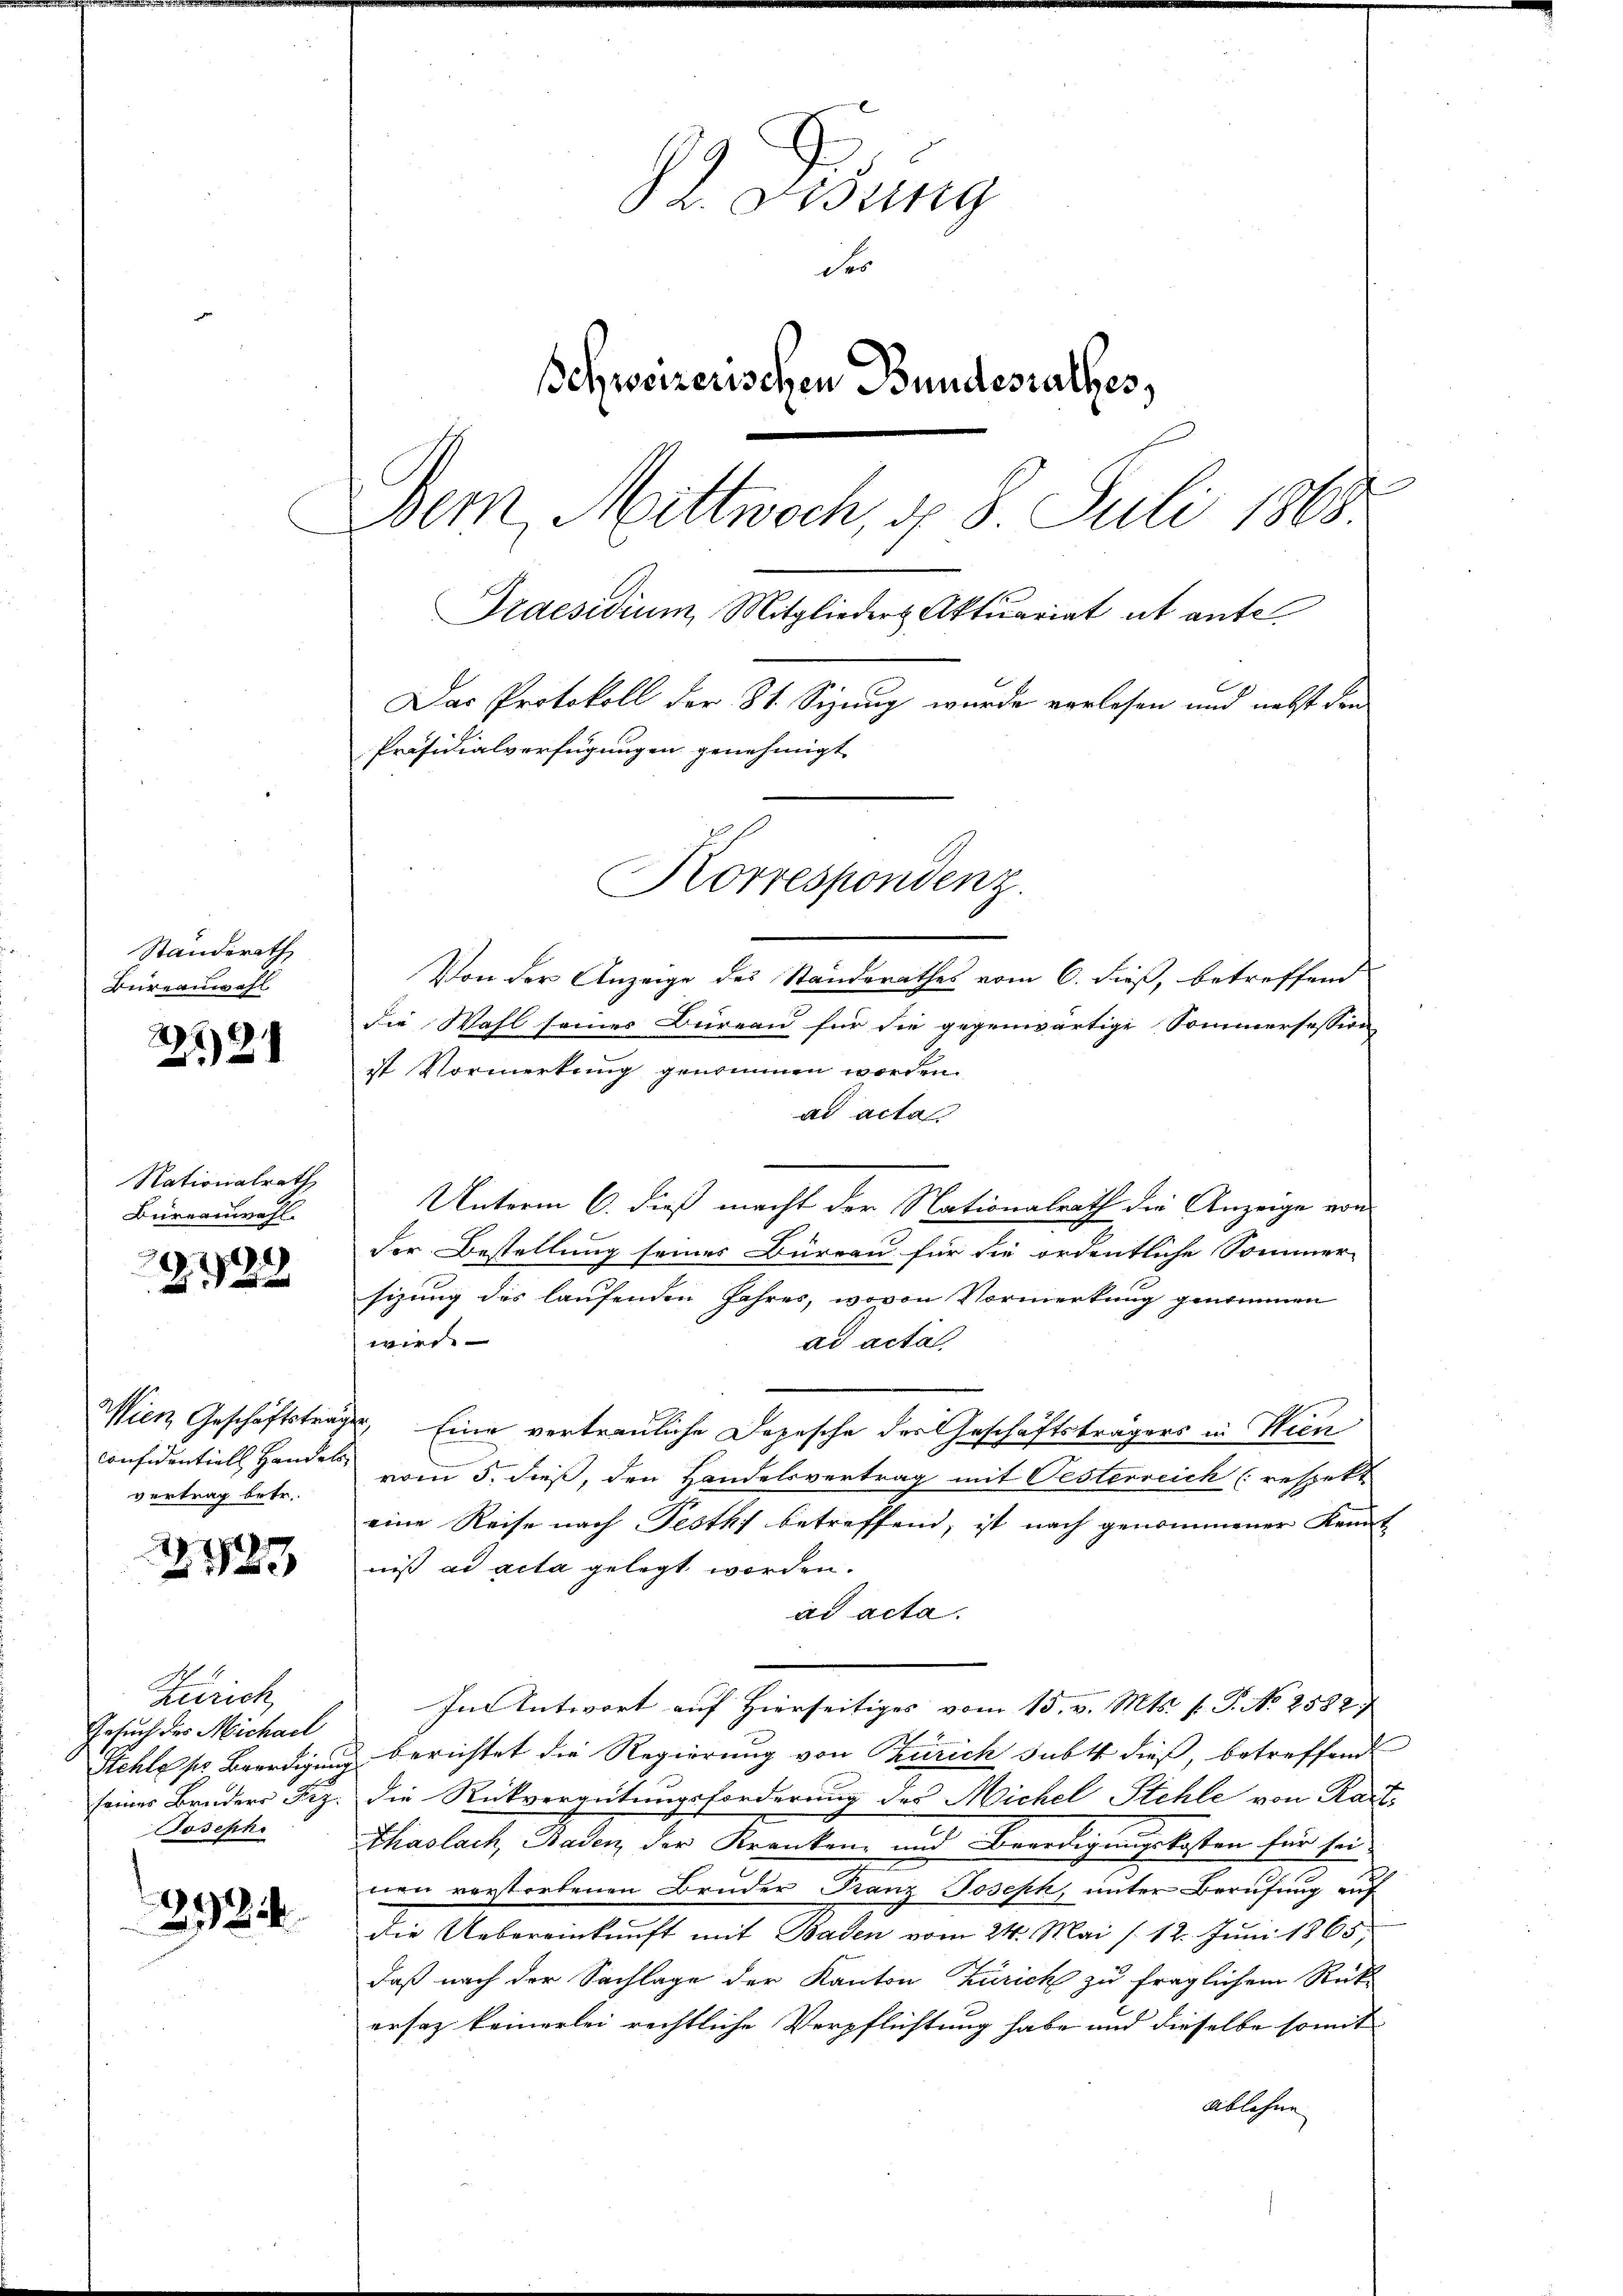
Standerath
Bureauwahl

121

Nationalrath
Büreauwahl.

20)
222

confidentiell Handels
vertrag betr.

2123

Zürich,
Gesuch des Michael
Joseph.

2984.

L. Fisung
des
Schweizerischen Bundesrathes,
Bem, Mittwoch, u. 8. Juli 1868.
Praesidium Mitglieder Aktuariat ut ante
Das Protokoll der St. Sizung wurde verlesen und nebst den
Präsidialverfügungen genehmigt

Korrespondenz.

Von der Anzeige des Standerathes vom 6. dieß, betreffend
die Wahl seines Bureau für die gegenwärtige Sommersession
ist Vormerkung genommen worden.
ad acta
Unterm 6. dieß macht der Nationalrath die Anzeige von
der Bestellung seiner Büreau für die ordentliche Sommer-
sizung des laufenden Jahres, wovon Vormerkung genommen
wird.
ad acta
Wien Geschäftsträger, Eine vertrauliche Depesche des Geschäftsträgers in Wien
vom 5. dieß, den Handelsvertrag mit Oesterreich (respekt
eine Reise nach Pesth) betreffend, ist nach genommener Kennt
niß ad acta gelegt worden.
ad acta.
In Antwort auf Hierseitiges vom 15. v. Mts. f. P. Nr. 2582
Stehle ser Beerdigung berichtet die Regierung von Zürich subt dieß, betreffende
seiner Bruders Frz. die Rückvergütungsforderung des Michel Stehle von Kart
Thaslach, Baden der Kranken- und Beerdigungskosten für sei
nen verstorbenen Bruder Franz Joseph, unter Berufung auf
die Uebereinkunft mit Baden vom 24. Mai /12. Juni 1865,
daß nach der Sachlage der Kanton Zürich zu fraglichem Rück-
ersaz keinerlei rechtliche Verpflichtung habe und dieselbe somit
Ablehne